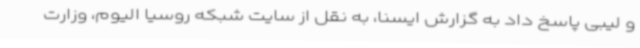
و لیبی پاسخ داد به گزارش ایسنا، به نقل از سایت شبکه روسیا الیوم، وزارت